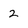
Character: 2